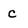
Character: C